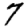
Digit: 7